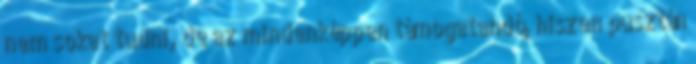
nem sokat tudni, de az mindenképpen támogatandó, hiszen pusztán